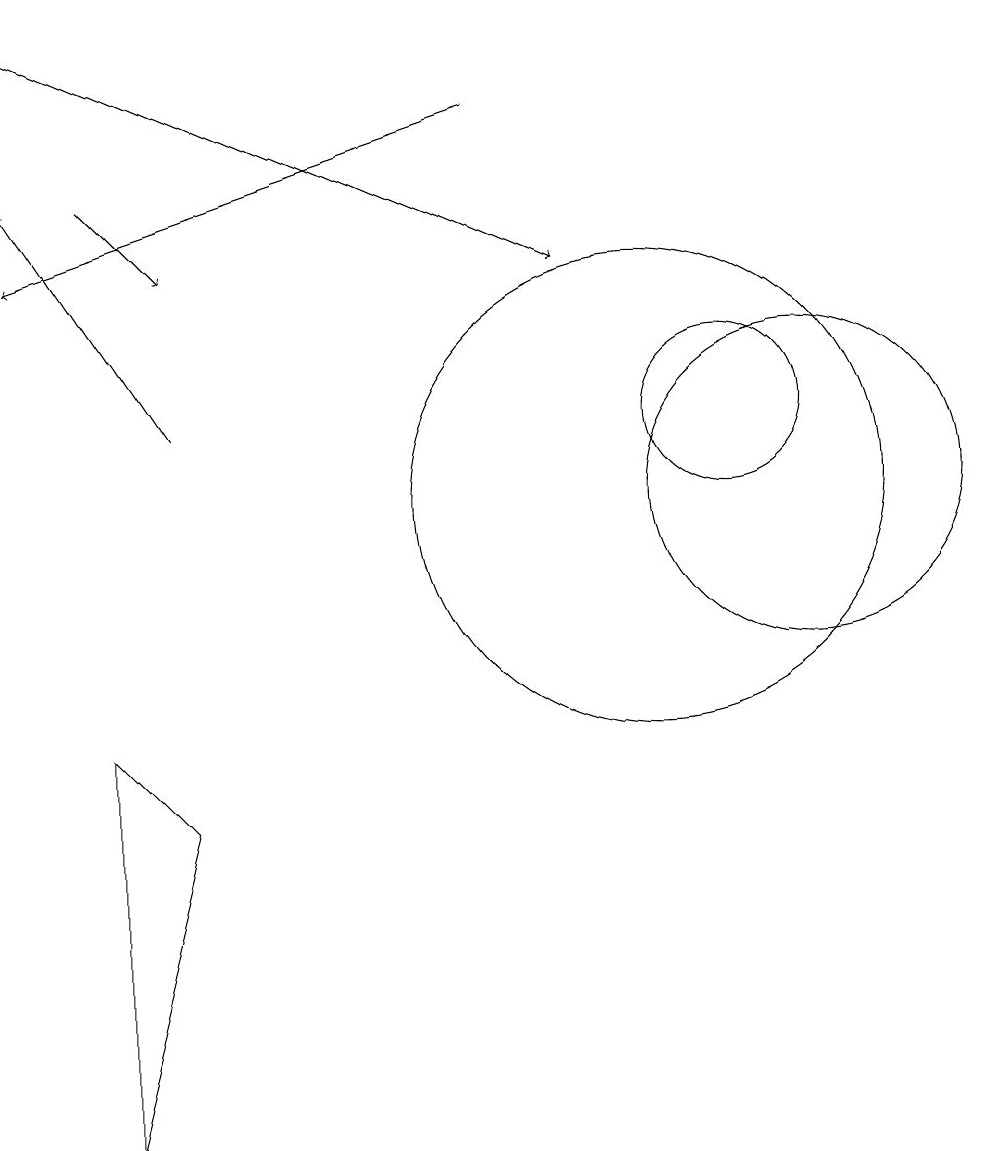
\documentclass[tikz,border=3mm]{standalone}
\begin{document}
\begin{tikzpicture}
\draw[->] (8,15) -- (2,13);
\draw (11,11) circle (1);
\draw[->] (3,14) -- (4,13);
\draw[->] (4,11) -- (2,14);
\draw (10,10) circle (3);
\draw (12,10) circle (2);
\draw (3,7) -- (4,6) -- (3,2) -- cycle;
\draw[->] (2,16) -- (9,13);
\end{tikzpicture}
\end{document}